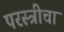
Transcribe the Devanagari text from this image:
परस्त्रीचा